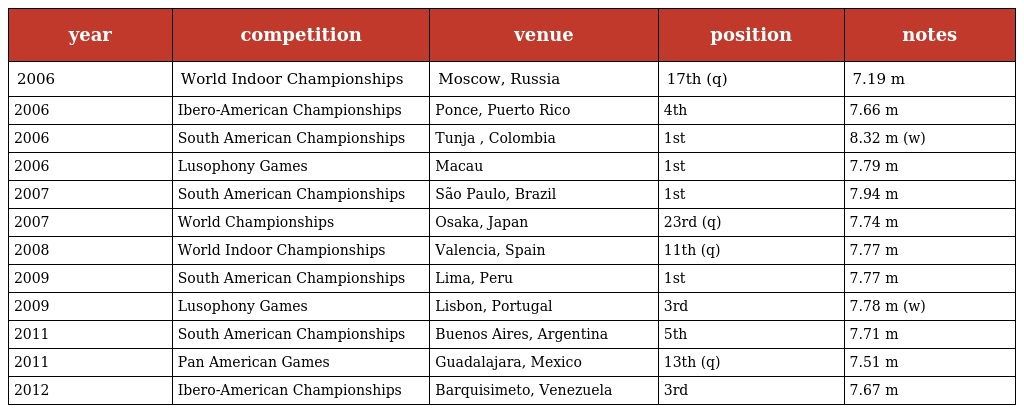
| year | competition | venue | position | notes |
 | --- | --- | --- | --- | --- |
 | 2006 | World Indoor Championships | Moscow, Russia | 17th (q) | 7.19 m |
 | 2006 | Ibero-American Championships | Ponce, Puerto Rico | 4th | 7.66 m |
 | 2006 | South American Championships | Tunja , Colombia | 1st | 8.32 m (w) |
 | 2006 | Lusophony Games | Macau | 1st | 7.79 m |
 | 2007 | South American Championships | São Paulo, Brazil | 1st | 7.94 m |
 | 2007 | World Championships | Osaka, Japan | 23rd (q) | 7.74 m |
 | 2008 | World Indoor Championships | Valencia, Spain | 11th (q) | 7.77 m |
 | 2009 | South American Championships | Lima, Peru | 1st | 7.77 m |
 | 2009 | Lusophony Games | Lisbon, Portugal | 3rd | 7.78 m (w) |
 | 2011 | South American Championships | Buenos Aires, Argentina | 5th | 7.71 m |
 | 2011 | Pan American Games | Guadalajara, Mexico | 13th (q) | 7.51 m |
 | 2012 | Ibero-American Championships | Barquisimeto, Venezuela | 3rd | 7.67 m |